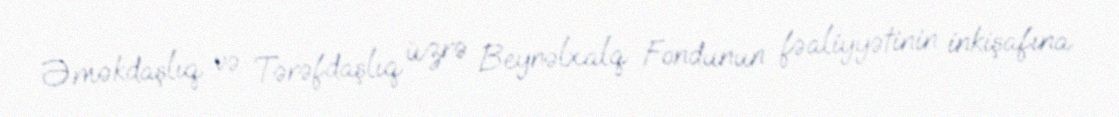
Əməkdaşlıq və Tərəfdaşlıq üzrə Beynəlxalq Fondunun fəaliyyətinin inkişafına